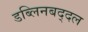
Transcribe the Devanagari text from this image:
डब्लिनबद्दल